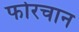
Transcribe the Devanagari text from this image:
फोरचान